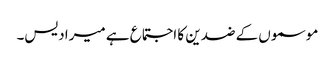
موسموں کے ضدین کا اجتماع ہے میرا دیس۔